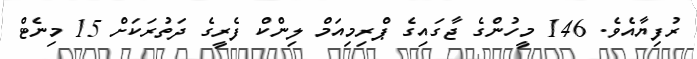
ރުފިޔާއެވެ. 146 މީހުންގެ ޖާގައިގެ ޕްރިމިއަމް ލިންކް ފެރީގެ ދަތުރަކަށް 15 މިނެޓް